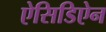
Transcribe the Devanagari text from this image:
ऐसिडिऐन